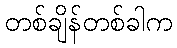
တစ်ချိန်တစ်ခါက